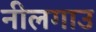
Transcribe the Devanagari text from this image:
नीलगाउ